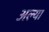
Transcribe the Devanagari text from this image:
अल्या